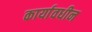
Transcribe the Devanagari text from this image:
कार्यावधीन